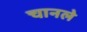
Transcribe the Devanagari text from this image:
चानले